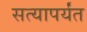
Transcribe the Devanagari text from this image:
सत्यापर्यंत